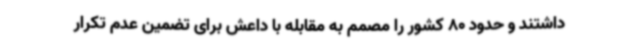
داشتند و حدود 80 کشور را مصمم به مقابله با داعش برای تضمین عدم تکرار